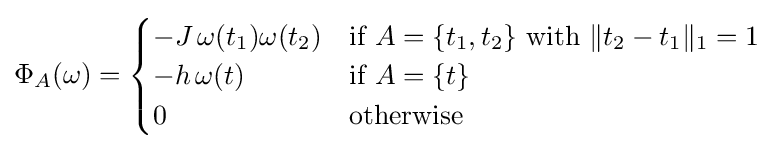
\Phi _{A}(\omega )={\begin{cases}-J\,\omega (t_{1})\omega (t_{2})&{\text{if }}A=\{t_{1},t_{2}\}{\text{ with }}\|t_{2}-t_{1}\|_{1}=1\\-h\,\omega (t)&{\text{if }}A=\{t\}\\0&{\text{otherwise}}\end{cases}}